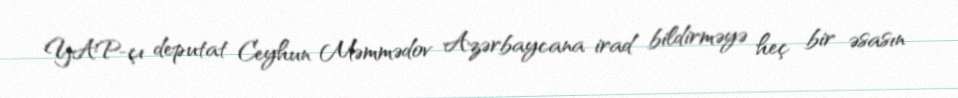
YAP-çı deputat Ceyhun Məmmədov Azərbaycana irad bildirməyə heç bir əsasın